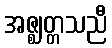
အဇ္ဈတ္တသညီ